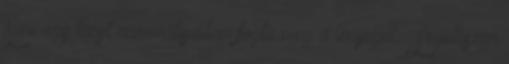
Áron egy kicsit racionálisabban fogta meg a lényeget. „Legelőször